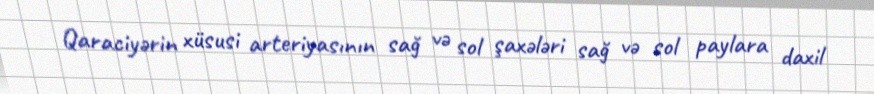
Qaraciyərin xüsusi arteriyasının sağ və sol şaxələri sağ və sol paylara daxil